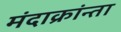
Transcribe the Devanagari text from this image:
मंदाक्रांन्ता